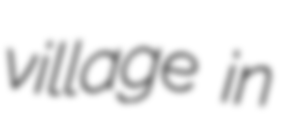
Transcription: village in